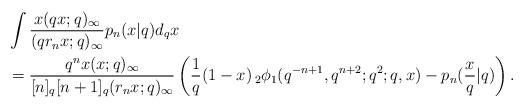
LaTeX: \begin{align*}& \int \frac{x(qx;q)_\infty }{(q r_n x;q)_\infty}p_n(x|q) d_qx \\&= \frac{q^{n} x(x;q)_\infty}{[n]_q [n+1]_q(r_nx;q)_\infty}\left(\frac{1}{q}(1-x)\,_2\phi_1(q^{-n+1} , q^{n+2};q^2;q,x)- p_n(\frac{x}{q}|q)\right). \end{align*}